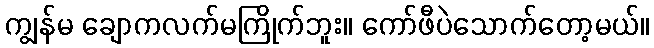
ကျွန်မ ချောကလက်မကြိုက်ဘူး။ ကော်ဖီပဲသောက်တော့မယ်။